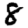
Digit: 8